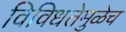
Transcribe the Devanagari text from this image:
विविधतेमुळेच